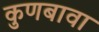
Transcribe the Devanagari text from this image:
कुणबावा